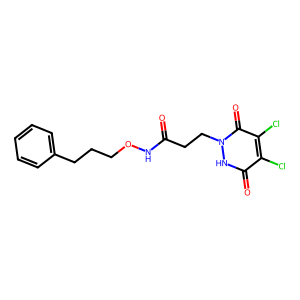
SMILES: O=C(CCn1[nH]c(=O)c(Cl)c(Cl)c1=O)NOCCCc1ccccc1
Inhibits HIV replication: No